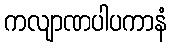
ကလျာဏပါပကာနံ